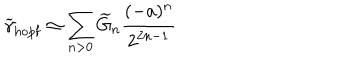
LaTeX: \widetilde \gamma _ { \mathrm { h o p f } } \simeq \sum _ { n > 0 } \widetilde { G } _ { n } { \frac { ( - a ) ^ { n } } { 2 ^ { 2 n - 1 } } }